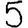
Digit: 5